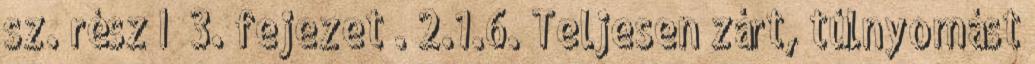
sz. rész I 3. fejezet . 2.1.6. Teljesen zárt, túlnyomást